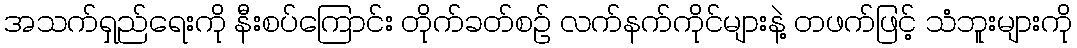
အသက်ရှည်ရေးကို နီးစပ်ကြောင်း တိုက်ခတ်စဉ် လက်နက်ကိုင်များနဲ့ တဖက်ဖြင့် သံဘူးများကို